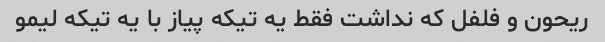
ریحون و فلفل که نداشت فقط یه تیکه پیاز با یه تیکه لیمو